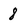
Character: 8